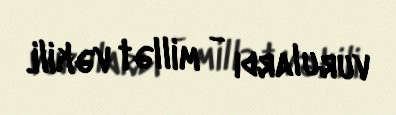
vurulardı - millət vəkili.